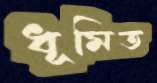
ধূমিত